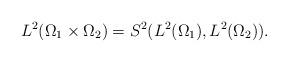
LaTeX: \begin{align*}L^2(\Omega_1 \times \Omega_2) = S^2(L^2(\Omega_1), L^2(\Omega_2)).\end{align*}